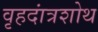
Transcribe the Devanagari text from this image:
वृहदांत्रशोथ